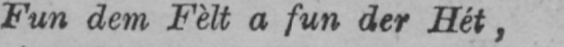
Fun dem Fèlt a fun der Hét,